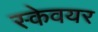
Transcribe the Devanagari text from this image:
स्केवयर